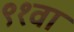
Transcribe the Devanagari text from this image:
९१वा